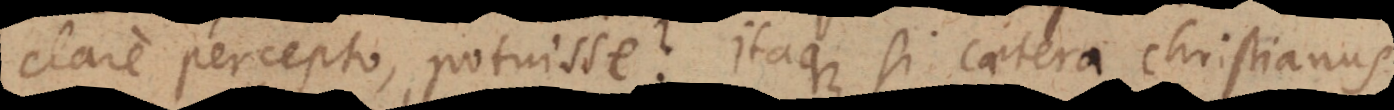
clare percepto, potuisse? Itaque si caetera Christianus